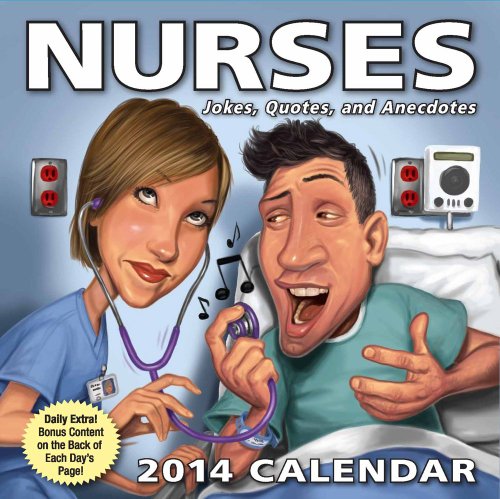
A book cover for Nurses 2014 Day-to-Day Calendar: Jokes, Quotes, and Anecdotes; LLC Andrews McMeel Publishing; Calendars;